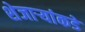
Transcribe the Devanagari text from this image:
शेजाऱ्यांकडे